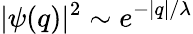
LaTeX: |\psi(q)|^{2}\sim e^{-|q|/\lambda}